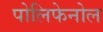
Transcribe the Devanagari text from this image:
पोलिफेनोल